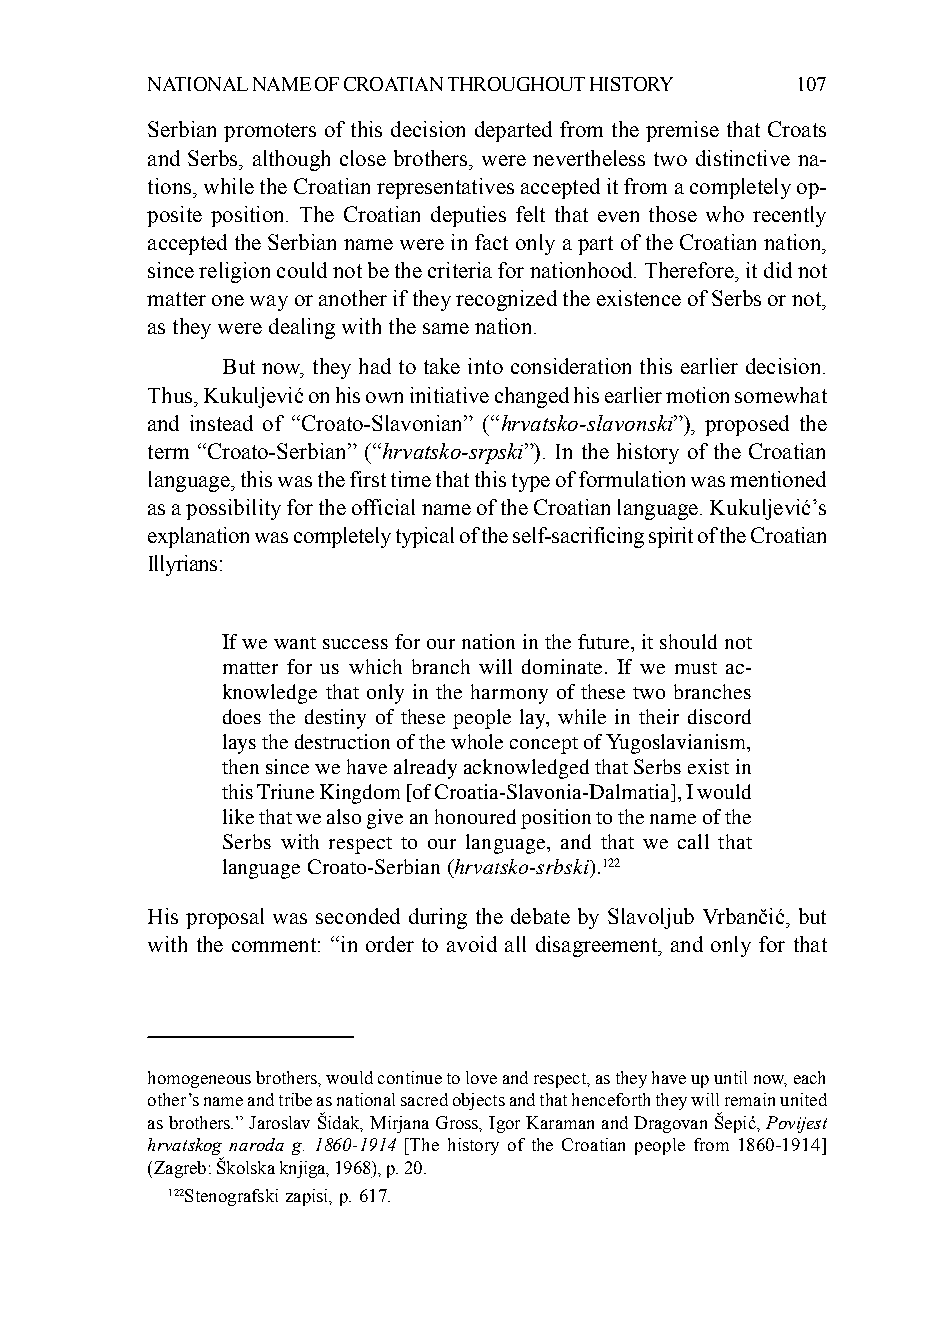
NATIONAL NAME OF CROATIAN THROUGHOUT HISTORY 107
 Serbian promoters of this decision departed from the premise that Croats
 and Serbs, although close brothers, were nevertheless two distinctive na-
 tions, while the Croatian representatives accepted it from a completely op-
 posite position. The Croatian deputies felt that even those who recently
 accepted the Serbian name were in fact only a part of the Croatian nation,
 since religion could not be the criteria for nationhood. Therefore, it did not
 matter one way or another if they recognized the existence of Serbs or not,
 as they were dealing with the same nation.
 But now, they had to take into consideration this earlier decision.
 Thus, Kukuljević on his own initiative changed his earlier motion somewhat
 and instead of “Croato-Slavonian” (“hrvatsko-slavonski”), proposed the
 term “Croato-Serbian” (“hrvatsko-srpski”). In the history of the Croatian
 language, this was the first time that this type of formulation was mentioned
 as a possibility for the official name of the Croatian language. Kukuljević’s
 explanation was completely typical of the self-sacrificing spirit of the Croatian
 Illyrians:
 If we want success for our nation in the future, it should not
 matter for us which branch will dominate. If we must ac-
 knowledge that only in the harmony of these two branches
 does the destiny of these people lay, while in their discord
 lays the destruction of the whole concept of Yugoslavianism,
 then since we have already acknowledged that Serbs exist in
 this Triune Kingdom [of Croatia-Slavonia-Dalmatia], I would
 like that we also give an honoured position to the name of the
 Serbs with respect to our language, and that we call that
 language Croato-Serbian (hrvatsko-srbski).122
 His proposal was seconded during the debate by Slavoljub Vrbančić, but
 with the comment: “in order to avoid all disagreement, and only for that
 homogeneous brothers, would continue to love and respect, as they have up until now, each
 other’s name and tribe as national sacred objects and that henceforth they will remain united
 as brothers.” Jaroslav Šidak, Mirjana Gross, Igor Karaman and Dragovan Šepić, Povijest
 hrvatskog naroda g. 1860-1914 [The history of the Croatian people from 1860-1914]
 (Zagreb: Školska knjiga, 1968), p. 20.
 122Stenografski zapisi, p. 617.